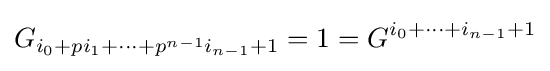
G_{i_{0}+pi_{1}+\cdots +p^{n-1}i_{n-1}+1}=1=G^{i_{0}+\cdots +i_{n-1}+1}